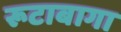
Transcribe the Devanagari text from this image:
रूटाबागा